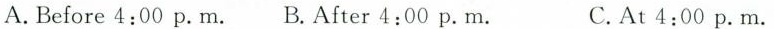
A.Before 4:00 p.M. B.After 4:00 p.M. C.At 4:00 p.M.